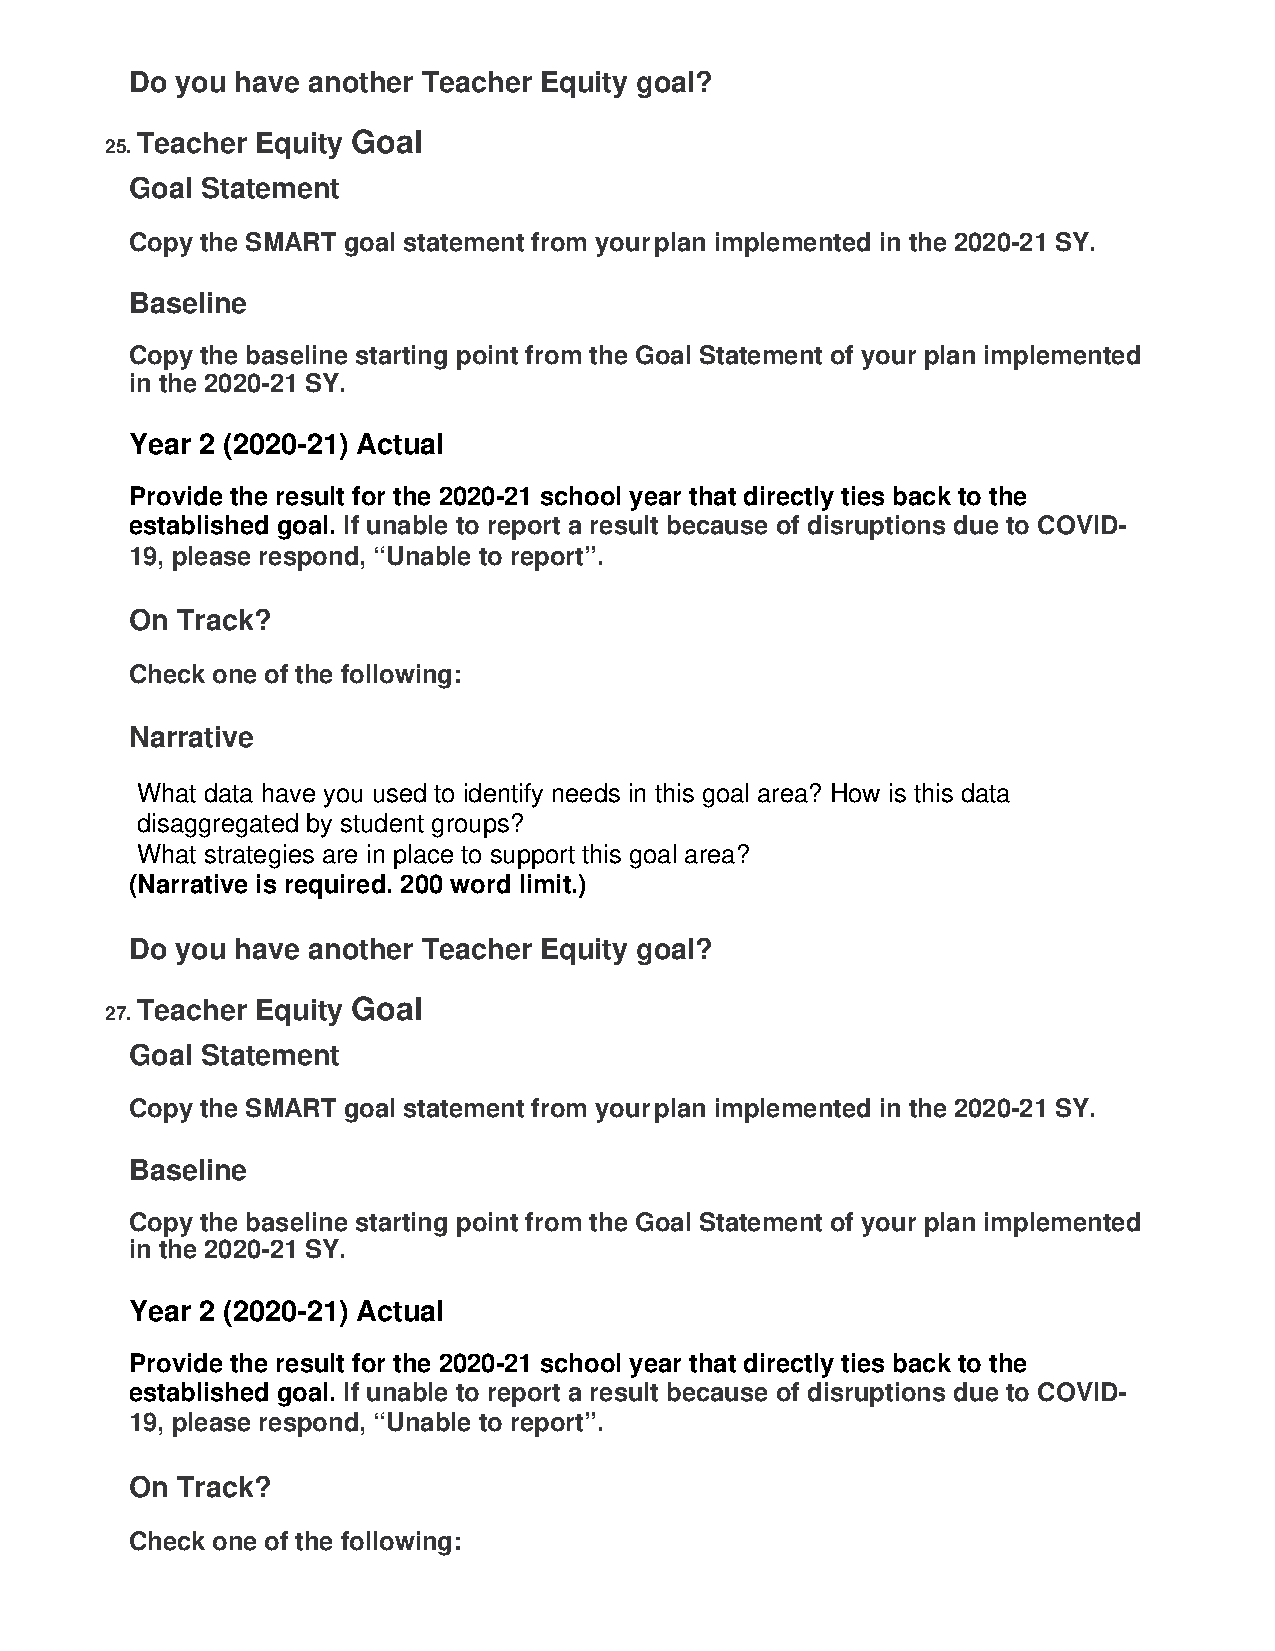
Do you have another Teacher Equity goal?
 Teacher Equity Goal
 25.
 Goal Statement
 Copy the SMART goal statement from your plan implemented in the 2020-21 SY.
 Baseline
 Copy the baseline starting point from the Goal Statement of your plan implemented
 in the 2020-21 SY.
 Year 2 (2020-21) Actual
 Provide the result for the 2020-21 school year that directly ties back to the
 established goal. If unable to report a result because of disruptions due to COVID-
 19, please respond, “Unable to report”.
 On Track?
 Check one of the following:
 Narrative
 What data have you used to identify needs in this goal area? How is this data
 disaggregated by student groups?
 What strategies are in place to support this goal area?
 (Narrative is required. 200 word limit.)
 Do you have another Teacher Equity goal?
 Teacher Equity Goal
 27.
 Goal Statement
 Copy the SMART goal statement from your plan implemented in the 2020-21 SY.
 Baseline
 Copy the baseline starting point from the Goal Statement of your plan implemented
 in the 2020-21 SY.
 Year 2 (2020-21) Actual
 Provide the result for the 2020-21 school year that directly ties back to the
 established goal. If unable to report a result because of disruptions due to COVID-
 19, please respond, “Unable to report”.
 On Track?
 Check one of the following: